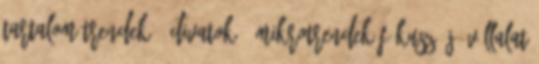
Tartalom Trendek – Divatok – Mikrotrendek Fókusz: Jó vállalat